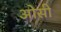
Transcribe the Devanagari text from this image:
ओसी